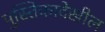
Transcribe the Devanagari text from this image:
पुस्तिकादेखील